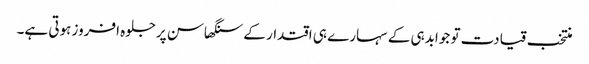
منتخب قیادت تو جوابدہی کے سہارے ہی اقتدار کے سنگھاسن پرجلوہ افروز ہوتی ہے۔